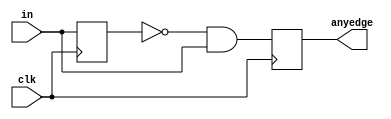
module top_module (
    input wire clk,
    input wire [7:0] in,
    output reg [7:0] anyedge
);

    // Register to store the previous state of 'in'
    reg [7:0] prev_in;
    
    // Always block to detect edges
    always @(posedge clk) begin
        // Compare each bit of 'in' with the previous state to detect 0 to 1 transitions
        anyedge <= (~prev_in & in);  // Detect 0 to 1 transitions
        // Update the previous state
        prev_in <= in;
    end

endmodule